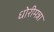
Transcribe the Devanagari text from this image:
धोरीमन्ना